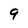
Character: 9